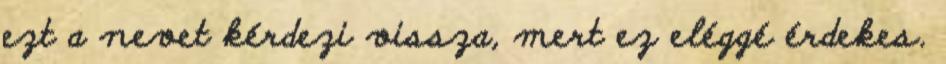
ezt a nevet kérdezi vissza, mert ez eléggé érdekes.